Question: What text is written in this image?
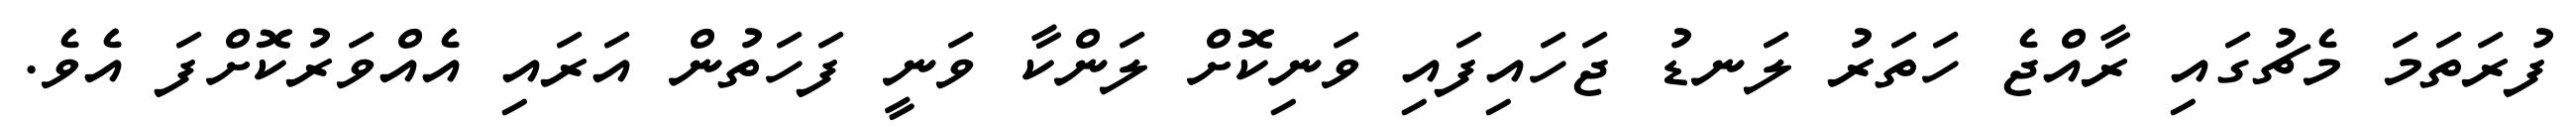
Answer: ފުރަތަމަ މެޗުގައި ރާއްޖެ ހަތަރު ލަނޑު ޖަހައިފައި ވަނިކޮށް ލަންކާ ވަނީ ފަހަތުން އަރައި އެއްވަރުކޮށްފަ އެވެ.